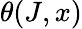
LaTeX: \theta(J,x)